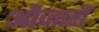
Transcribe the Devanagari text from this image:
औजारौं